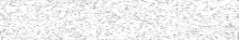
٨٦